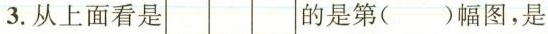
3.从上面看是 的是第()幅图，是